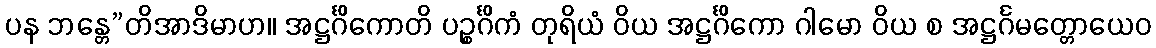
ပန ဘန္တေ”တိအာဒိမာဟ။ အဋ္ဌင်္ဂိကောတိ ပဉ္စင်္ဂိကံ တုရိယံ ဝိယ အဋ္ဌင်္ဂိကော ဂါမော ဝိယ စ အဋ္ဌင်္ဂမတ္တောယေဝ